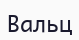
Вальц